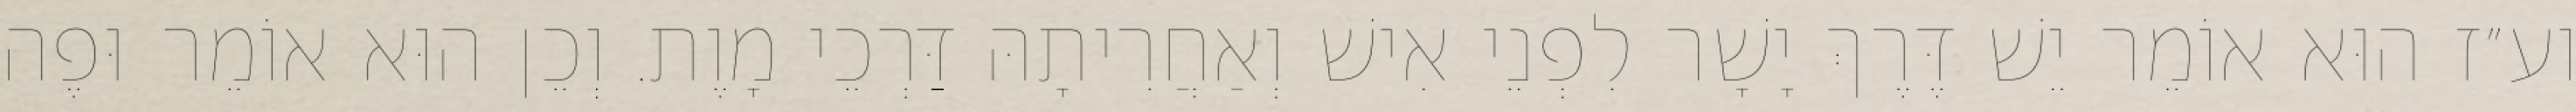
וע״ז הוּא אוֹמֵר יֵשׁ דֶּרֶךְ יָשָׁר לִפְנֵי אִישׁ וְאַחֲרִיתָהּ דַּרְכֵי מָוֶת. וְכֵן הוּא אוֹמֵר וּפֶה